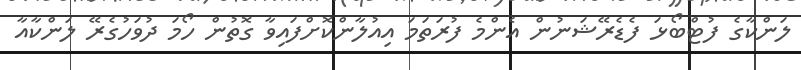
ލަންކާގެ ފުޓްބޯޅަ ފެޑެރޭޝަނުން އެންމެ ފުރަތަމަ އިއުލާންކޮށްފައިވާ ގޮތުން ހޯމަ ދުވަހުގެރޭ ލަންކާއާ